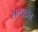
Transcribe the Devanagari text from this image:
सत्यदत्त